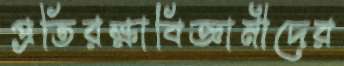
প্রতিরক্ষাবিজ্ঞানীদের